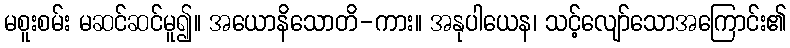
မစူးစမ်း မဆင်ဆင်မူ၍။ အယောနိသောတိ-ကား။ အနုပါယေန၊ သင့်လျော်သောအကြောင်း၏